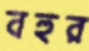
বহুর